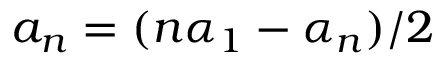
a _ { n } = ( n \alpha _ { 1 } - \alpha _ { n } ) / 2